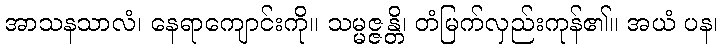
အာသနသာလံ၊ နေရာကျောင်းကို။ သမ္မဇ္ဇန္တိ၊ တံမြက်လှည်းကုန်၏။ အယံ ပန၊